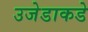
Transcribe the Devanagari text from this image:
उजेडाकडे